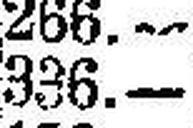
336.—